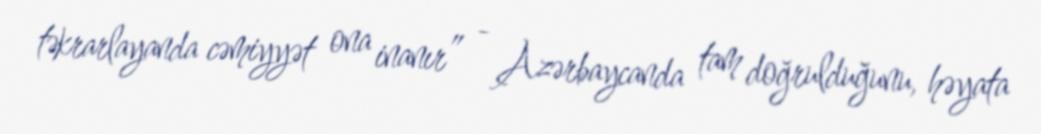
təkrarlayanda cəmiyyət ona inanır” - Azərbaycanda tam doğrulduğunu, həyata